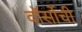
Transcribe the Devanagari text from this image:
वॉर्सोची